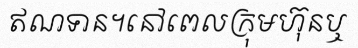
ឥណទាន។នៅពេលក្រុមហ៊ុនឬ